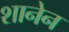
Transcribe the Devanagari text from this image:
शानेन